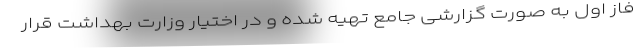
فاز اول به صورت گزارشی جامع تهیه شده و در اختیار وزارت بهداشت قرار